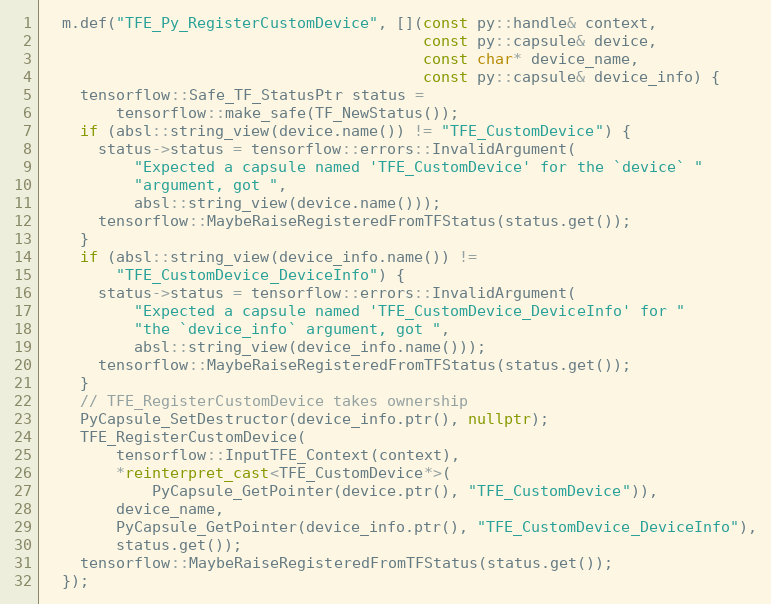
Language: C++
  m.def("TFE_Py_RegisterCustomDevice", [](const py::handle& context,
                                          const py::capsule& device,
                                          const char* device_name,
                                          const py::capsule& device_info) {
    tensorflow::Safe_TF_StatusPtr status =
        tensorflow::make_safe(TF_NewStatus());
    if (absl::string_view(device.name()) != "TFE_CustomDevice") {
      status->status = tensorflow::errors::InvalidArgument(
          "Expected a capsule named 'TFE_CustomDevice' for the `device` "
          "argument, got ",
          absl::string_view(device.name()));
      tensorflow::MaybeRaiseRegisteredFromTFStatus(status.get());
    }
    if (absl::string_view(device_info.name()) !=
        "TFE_CustomDevice_DeviceInfo") {
      status->status = tensorflow::errors::InvalidArgument(
          "Expected a capsule named 'TFE_CustomDevice_DeviceInfo' for "
          "the `device_info` argument, got ",
          absl::string_view(device_info.name()));
      tensorflow::MaybeRaiseRegisteredFromTFStatus(status.get());
    }
    // TFE_RegisterCustomDevice takes ownership
    PyCapsule_SetDestructor(device_info.ptr(), nullptr);
    TFE_RegisterCustomDevice(
        tensorflow::InputTFE_Context(context),
        *reinterpret_cast<TFE_CustomDevice*>(
            PyCapsule_GetPointer(device.ptr(), "TFE_CustomDevice")),
        device_name,
        PyCapsule_GetPointer(device_info.ptr(), "TFE_CustomDevice_DeviceInfo"),
        status.get());
    tensorflow::MaybeRaiseRegisteredFromTFStatus(status.get());
  });